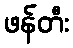
ဖန်တီး